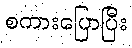
စကားပြောပြီး